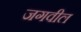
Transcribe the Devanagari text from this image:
जगवील